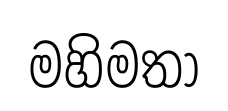
මහිමතා